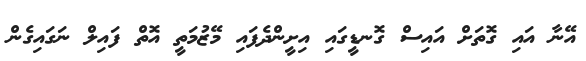
އޭނާ އައި ގޮތަށް އައިސް ގޮނޑީގައި އިށީންދެފައި މޭޒުމަތީ އޮތް ފައިލް ނަގައިގެން